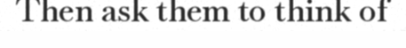
Then ask them to think of